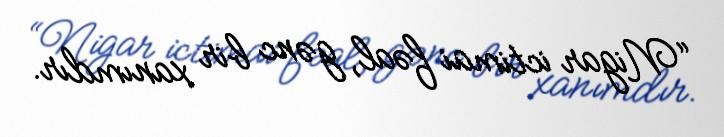
“Nigar ictimai fəal, gənc bir xanımdır.